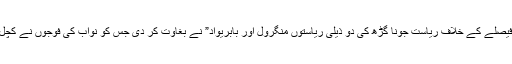
اس فیصلے کے خلاف ریاست جونا گڑھ کی دو ذیلی ریاستوں منگرول اور بابریواد” نے بغاوت کر دی جس کو نواب کی فوجوں نے کچل دیا۔